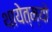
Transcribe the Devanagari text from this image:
थायेत्म्यो